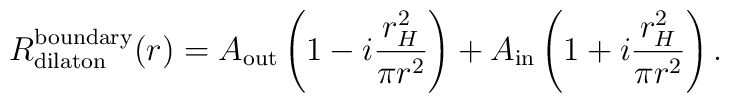
R^{\rm boundary}_{\rm dilaton}(r) = A_{\rm out} \left(1-i\frac{r_{H}^2}{\pi r^2}\right)+A_{\rm in} \left(1+i\frac{r_{H}^2}{\pi r^2}\right).